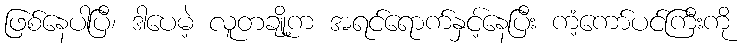
ဖြစ်နေပါပြီ၊ ဒါပေမဲ့ လူတချို့က အရင်ရောက်နှင့်နေပြီး ကံ့ကော်ပင်ကြီးကို